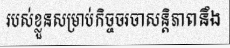
របស់ខ្លួនសម្រាប់កិច្ចចរចាសន្តិភាពនឹង